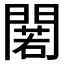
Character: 𨵫